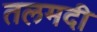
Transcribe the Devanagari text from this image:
तलमदी